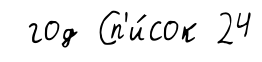
год Сп'и́сок 24